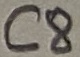
Text: C8